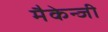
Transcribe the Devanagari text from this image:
मैकेन्जी